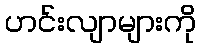
ဟင်းလျာများကို